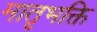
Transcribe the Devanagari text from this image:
मातृभक्ति